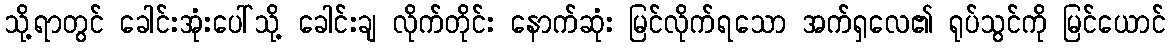
သို့ရာတွင် ခေါင်းအုံးပေါ်သို့ ခေါင်းချ လိုက်တိုင်း နောက်ဆုံး မြင်လိုက်ရသော အက်ရှလေ၏ ရုပ်သွင်ကို မြင်ယောင်